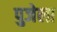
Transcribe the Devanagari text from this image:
पुजेला